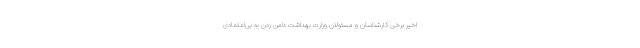
اخیر برخی کارشناسان و مسئولان وزارت بهداشت دامن زدن به بی‌اعتمادی